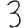
Digit: 3